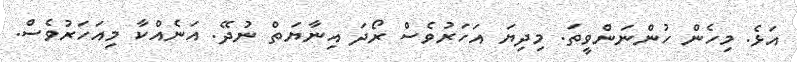
އަޅެ. މިހެން ހުންނަންވީތަ. މިދިޔަ އަހަރުވެސް ރޯދަ އިނާޔަތް ނުދޭ. އަނެއްކާ މިއަހަރުވެސް.